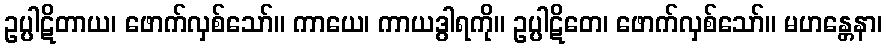
ဥပ္ပါဋိတာယ၊ ဖောက်လှစ်သော်။ ကာယေ၊ ကာယဒွါရကို။ ဥပ္ပါဋိတေ၊ ဖောက်လှစ်သော်။ မဟန္တေနာ၊